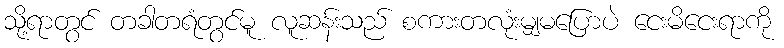
သို့ရာတွင် တခါတရံတွင်မူ လူဆန်းသည် စကားတလုံးမျှမပြောပဲ ငေးမိငေးရာကို